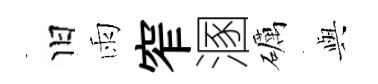
旧雨窄溷礪𫤰